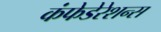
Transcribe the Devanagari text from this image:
कंफेडेरेशन्स